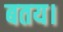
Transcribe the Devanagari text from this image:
बतय।